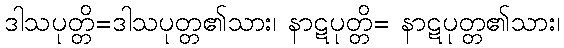
ဒါသပုတ္တိ=ဒါသပုတ္တ၏သား၊ နာဋပုတ္တိ= နာဋပုတ္တ၏သား၊